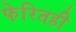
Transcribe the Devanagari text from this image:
फेरितही